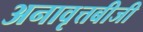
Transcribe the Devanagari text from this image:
अनावृत्तबीजी